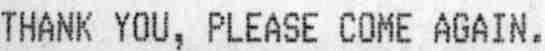
THANK YOU, PLEASE COME AGAIN.